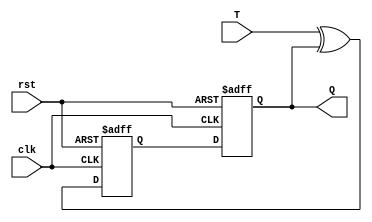
module async_TFF (
    input T,
    input clk,
    input rst,
    output reg Q
);

reg Q1, Q2;

always @(posedge clk or posedge rst) begin
    if (rst) begin
        Q1 <= 1'b0;
        Q2 <= 1'b0;
    end else begin
        Q1 <= T ^ Q2;
        Q2 <= Q1;
    end
end

assign Q = Q2;

endmodule